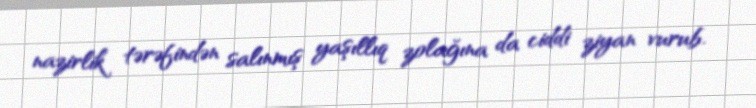
nazirlik tərəfindən salınmış yaşıllıq zolağına da ciddi ziyan vurub.